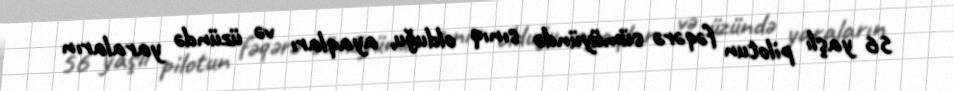
56 yaşlı pilotun fəqərə sümüyündə sınıq olduğu, ayaqları və üzündə yaraların